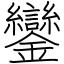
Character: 鑾